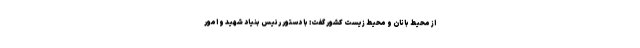
از محیط بانان و محیط زیست کشور گفت: با دستور رئیس بنیاد شهید و امور